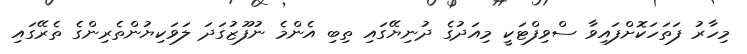
މިހާރު ފަތަހަކޮށްފައިވާ ސްވިފްޓަކީ މިއަދުގެ ދުނިޔޭގައި ތިބި އެންމެ ނުފޫޒުގަދަ ލަވަކިޔުންތެރިންގެ ތެރޭގައި